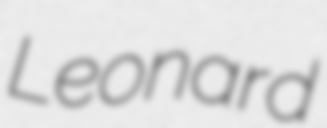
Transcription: Leonard